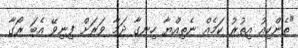
"ތެންކިއު އިތުރު ކަމެއް ނެތިއްޔާ ހިނގާ ދަމާ ވަރަށް ފިނިވޭ އެބަ ރޯގާ